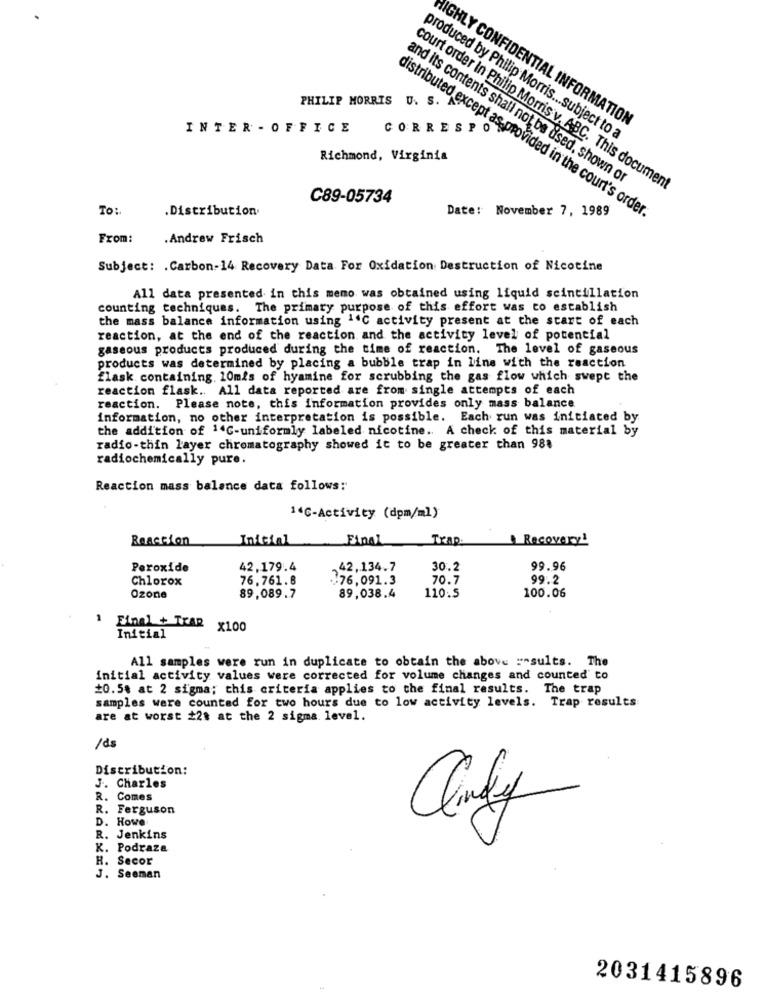
PHILIP MORRIS U.
HIGHLY CONFIDENTIAL INFORMATION
INTER - OFFICE
CORRESPO
produced by Philip Morris ... subject to a
Richmond, Virginia
and its contents shall not be used, shown or
court order In Philip Morris v. ABC. This document
C89-05734
To:
.Distribution
Date: November 7, 1989
distributed except as provided in the court's order.
From:
.Andrew Frisch
Subject: . Carbon-14 Recovery Data For Oxidation Destruction of Nicotine
All data presented in this memo was obtained using liquid scintillation
counting techniques. The primary purpose of this effort was to establish
the mass balance information using 1'℃ activity present at the start of each
reaction, at the end of the reaction and the activity level of potential
gaseous products produced during the time of reaction. The level of gaseous
products was determined by placing a bubble trap in line with the reaction
flask containing. 10mis of hyamine for scrubbing the gas flow which swept the
reaction flask .. All data reported are from single attempts of each
reaction. Please note, this information provides only mass balance
information, no other interpretation is possible. Each run was initiated by
the addition of 14℃-uniformly labeled nicotine. A check of this material by
radio-thin layer chromatography showed it to be greater than 988
radiochemically pure.
Reaction mass balance data follows:
14℃-Activity (dpm/ml)
Reaction
Initial
Final
Trap-
Recovery1
Peroxide
42,179.4
,42,134.7
30.2
99.96
Chlorox
76.761.8
.76,091.3
70.7
99.2
Ozone
89,089.7
89,038.4
110:5
100.06
1 Final + Trap x100
Initial
All samples were run in duplicate to obtain the above : sults. The
initial activity values were corrected for volume changes and counted to
10.5% at 2 sigma; this criteria applies to the final results. The trap
samples were counted for two hours due to low activity levels. Trap results
are at worst 22t at the 2 sigma. level.
/ds
Distribution:
J. Charles
R. Comes
R. Ferguson
D. Howe
R. Jenkins
K. Podraza
H. Secor
J. Seeman
2031415896